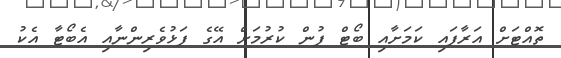
ތޮއްޓަށް އަރާފައި ކަމަށާއި ބޯޓް ފުން ކުރުމަށް އޭގެ ފަޅުވެރިންނާއި އެބޯޓާ އެކު